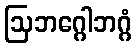
ဩဘဂ္ဂေါဘဂ္ဂံ